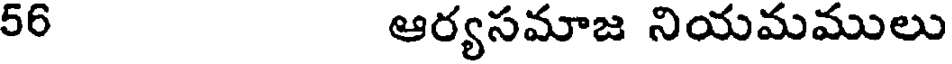
56 ఆర్యసమాజ నియమములు